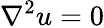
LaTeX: \nabla^{2}u=0